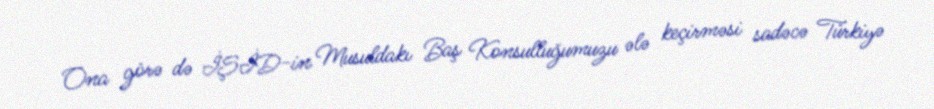
Ona görə də İŞİD-in Musuldakı Baş Konsulluğumuzu ələ keçirməsi sadəcə Türkiyə